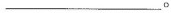
___。